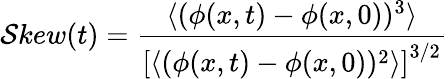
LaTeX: \mathcal{S}kew(t)=\frac{{\langle(\phi(x,t)-\phi(x,0))^{3}\rangle}}{{\left[\langle(\phi(x,t)-\phi(x,0))^{2}\rangle\right]^{3/2}}}